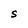
Character: S